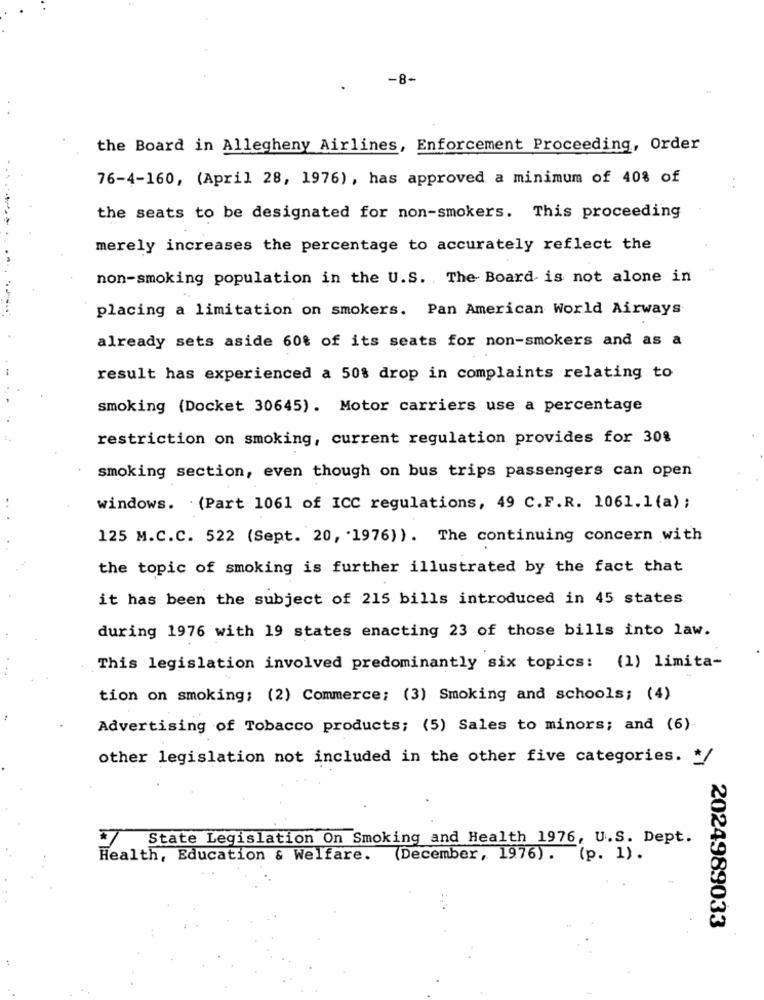
-8-
the Board in Allegheny Airlines, Enforcement Proceeding, Order
76-4-160, (April 28, 1976), has approved a minimum of 40% of
the seats to be designated for non-smokers. This proceeding
merely increases the percentage to accurately reflect the
non-smoking population in the U.S. The Board is not alone in
placing a limitation on smokers. Pan American World Airways
already sets aside 60% of its seats for non-smokers and as a
result has experienced a 50% drop in complaints relating to
smoking (Docket 30645). Motor carriers use a percentage
restriction on smoking, current regulation provides for 30%
smoking section, even though on bus trips passengers can open
windows. (Part 1061 of ICC regulations, 49 C.F.R. 1061.1 (a) ;
125 M.C.C. 522 (Sept. 20, 1976) ). The continuing concern with
the topic of smoking is further illustrated by the fact that
it has been the subject of 215 bills introduced in 45 states
during 1976 with 19 states enacting 23 of those bills into law.
This legislation involved predominantly six topics: (1) limita-
tion on smoking; (2) Commerce; (3) Smoking and schools; (4)
Advertising of Tobacco products; (5) Sales to minors; and (6)
other legislation not included in the other five categories. * /
*7
State Legislation On Smoking and Health 1976, U.S. Dept.
Health, Education & Welfare.
(December, 1976). (p. 1).
2024989033